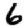
Digit: 6